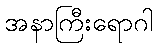
အနာကြီးရောဂါ